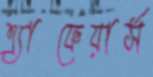
এ্যাফেয়ার্স